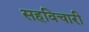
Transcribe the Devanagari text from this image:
सहविचारी